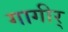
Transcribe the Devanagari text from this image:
गागीर्